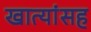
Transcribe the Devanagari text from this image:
खात्यांसह